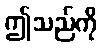
ဤသည်ကို